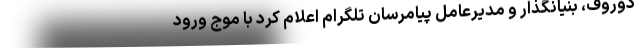
دوروف، بنیانگذار و مدیرعامل پیامرسان تلگرام اعلام کرد با موج ورود